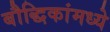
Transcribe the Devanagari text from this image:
बौद्धिकांमध्ये